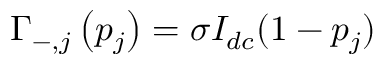
\Gamma _ { - , j } \left( p _ { j } \right) = \sigma I _ { d c } ( 1 - p _ { j } )